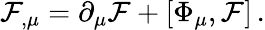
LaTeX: \mathcal{F}_{,\mu}=\partial_{\mu}\mathcal{F}+[\Phi_{\mu},\mathcal{F}]\, .